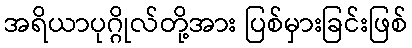
အရိယာပုဂ္ဂိုလ်တို့အား ပြစ်မှားခြင်းဖြစ်